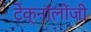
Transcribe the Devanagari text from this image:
टेक्नॉलोंजी